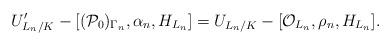
LaTeX: \begin{align*} U_{L_n/K}' - [(\mathcal{P}_0)_{\Gamma_n}, \alpha_n, H_{L_n}] = U_{L_n/K} - [\mathcal{O}_{L_n}, \rho_n, H_{L_n}]. \end{align*}